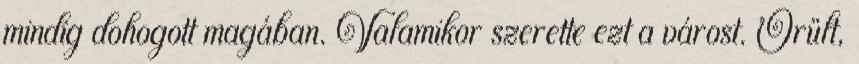
mindig dohogott magában. Valamikor szerette ezt a várost. Örült,